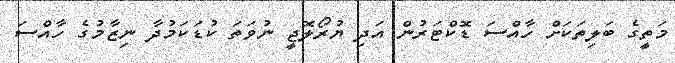
މަތީގެ ބަލިތަކަށް ހާއްސަ ޑޮކްޓަރުން އަދި ޔުރޯލޮޖީ ނުވަތަ ކުޑަކަމުދާ ނިޒާމުގެ ހާއްސަ